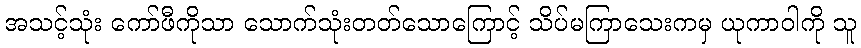
အသင့်သုံး ကော်ဖီကိုသာ သောက်သုံးတတ်သောကြောင့် သိပ်မကြာသေးကမှ ယုကာဝါကို သူ